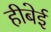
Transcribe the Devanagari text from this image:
हीबेई